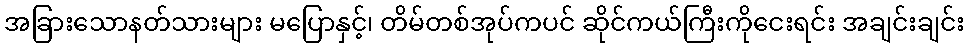
အခြားသောနတ်သားများ မပြောနှင့်၊ တိမ်တစ်အုပ်ကပင် ဆိုင်ကယ်ကြီးကိုငေးရင်း အချင်းချင်း